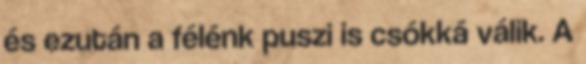
és ezután a félénk puszi is csókká válik. A